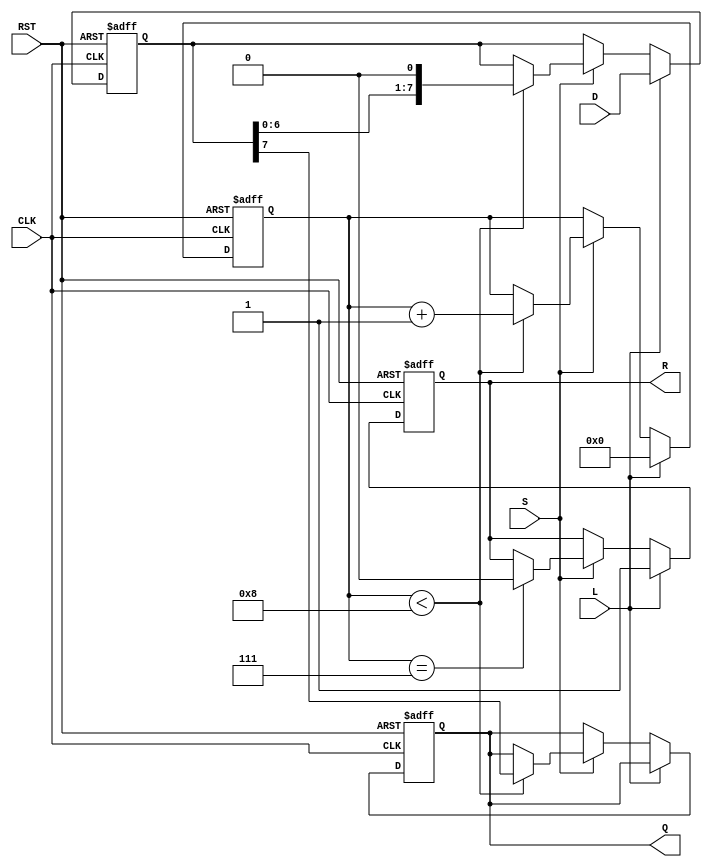
module PISO_Register (
    input wire [7:0] D,       // 8-bit parallel data input
    input wire L,             // Load control signal
    input wire S,             // Shift control signal
    input wire CLK,           // Clock signal
    input wire RST,           // Asynchronous reset signal
    output reg Q,             // Serial output
    output reg R              // Ready signal
);

    reg [7:0] SR;             // Shift Register
    reg [3:0] CNT;            // Bit counter (4 bits can count up to 15)

    // Asynchronous reset
    always @(posedge CLK or posedge RST) begin
        if (RST) begin
            SR <= 8'b0;       // Clear the Shift Register
            CNT <= 4'b0;      // Reset the counter
            Q <= 1'b0;        // Clear the output
            R <= 1'b0;        // Set Ready to low
        end else begin
            if (L) begin
                SR <= D;      // Load data into the Shift Register
                CNT <= 4'b0;  // Reset counter
                R <= 1'b1;    // Indicate readiness to shift
            end else if (S) begin
                if (CNT < 8) begin
                    Q <= SR[7]; // Output the MSB of the Shift Register
                    SR <= {SR[6:0], 1'b0}; // Shift right by 1
                    CNT <= CNT + 1; // Increment counter
                end
                if (CNT == 7) begin
                    R <= 1'b0; // Indicate not ready after 8 shifts
                end
            end
        end
    end

endmodule